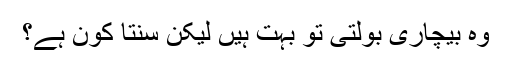
وہ بیچاری بولتی تو بہت ہیں لیکن سنتا کون ہے؟